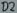
Text: D2